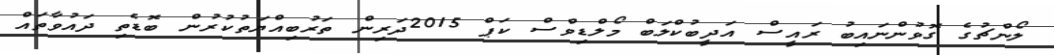
ލޯންޗުގެ ގޮވުންނައިބު ރައީސް އަދީބުކްލަބް މޯލްޑިވްސް ކަޕް 2015ދަރިން ތަރުބިއްޔަތުކުރުން ބޮޑެތި ދައުވާތައް